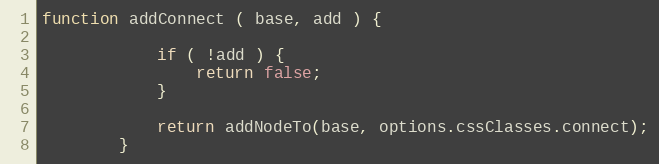
Language: JavaScript
function addConnect ( base, add ) {

            if ( !add ) {
                return false;
            }

            return addNodeTo(base, options.cssClasses.connect);
        }